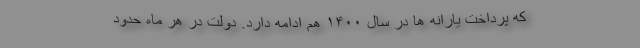
که پرداخت یارانه ها در سال ۱۴۰۰ هم ادامه دارد. دولت در هر ماه حدود